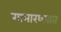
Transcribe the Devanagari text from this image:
गाभार६यात